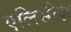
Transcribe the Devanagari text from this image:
एलिसीज़